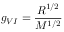
g _ { V I } = \frac { R ^ { 1 / 2 } } { M ^ { 1 / 2 } }